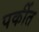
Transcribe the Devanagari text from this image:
पर्कीत